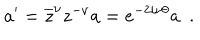
a ^ { \prime } = \overline { { { z } } } ^ { \nu } z ^ { - \nu } a = e ^ { - 2 i \nu \theta } a ~ ~ .